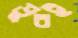
ডুবই